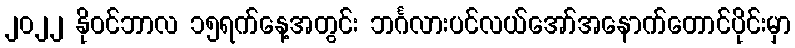
၂၀၂၂ နိုဝင်ဘာလ ၁၅ရက်နေ့အတွင်း ဘင်္ဂလားပင်လယ်အော်အနောက်တောင်ပိုင်းမှာ